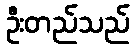
ဦးတည်သည်